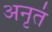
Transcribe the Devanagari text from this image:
अनृतं